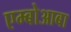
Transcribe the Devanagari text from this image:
एम्बोआबा